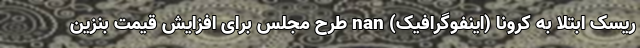
ریسک ابتلا به کرونا (اینفوگرافیک) nan طرح مجلس برای افزایش قیمت بنزین